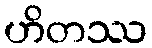
ဟိတဿ